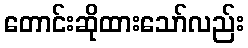
တောင်းဆိုထားသော်လည်း